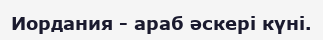
Иордания - араб əскері күні.